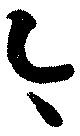
今